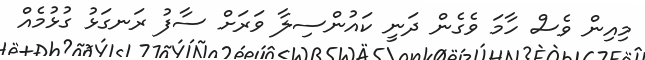
މިއިން ވެސް ހާމަ ވެގެން ދަނީ ކައުންސިލާ ވަރަށް ސާފު ރަނގަޅު ގުޅުމެއް